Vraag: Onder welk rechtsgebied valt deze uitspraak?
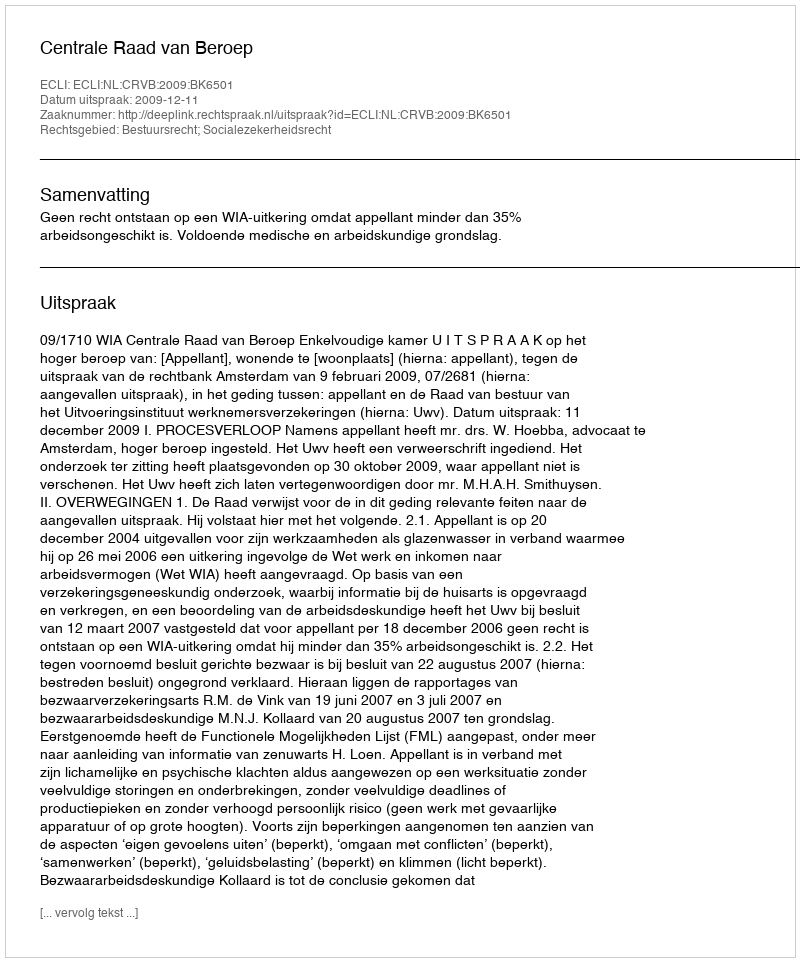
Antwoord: Bestuursrecht; Socialezekerheidsrecht